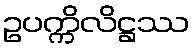
ဥပက္ကိလိဋ္ဌဿ